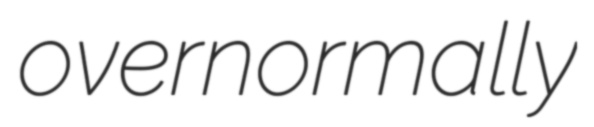
overnormally